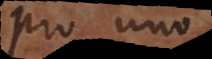
pro uno